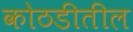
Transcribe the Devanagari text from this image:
कोठडीतील